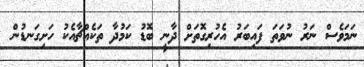
ނަމަވެސް ނަރު ނުވަތަ ފައިބަރު އެހުރިގޮތަށް ދާނީ ބޮޑު ކަމުދާ ތަކެއްޗާއެކު ހަށިގަނޑުން